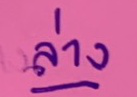
ล่าง